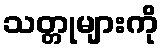
သတ္တုများကို